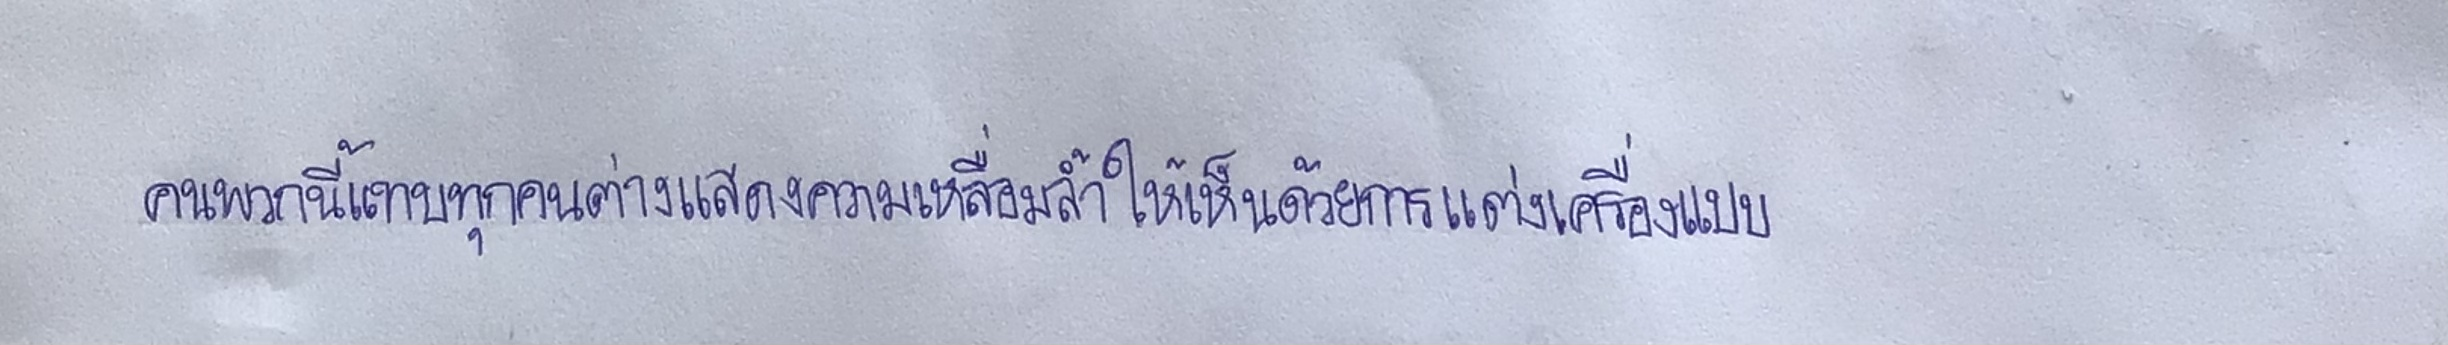
คนพวกนี้แทบทุกคนต่างแสดงความเหลื่อมล้ำให้เห็นด้วยการแต่งเครื่องแบบ